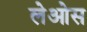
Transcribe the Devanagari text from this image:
लेओस